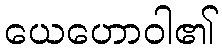
ယေဟောဝါ၏